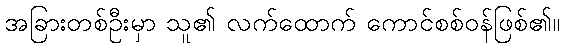
အခြားတစ်ဦးမှာ သူ၏ လက်ထောက် ကောင်စစ်ဝန်ဖြစ်၏။